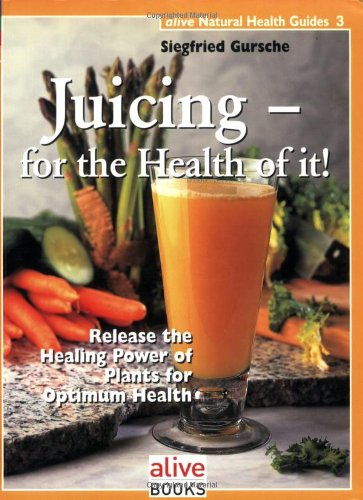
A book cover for Juicing for the Health of It (Natural Health Guide) (Alive Natural Health Guides); Siegfried Gursche; Cookbooks, Food & Wine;